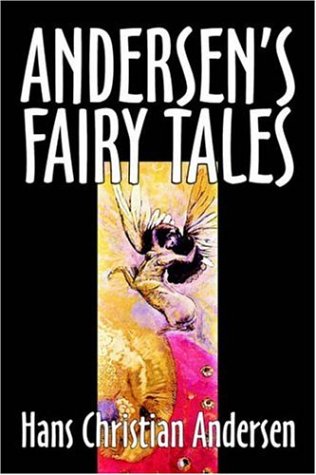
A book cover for Andersen's Fairy Tales; Hans Christian Andersen; Literature & Fiction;